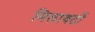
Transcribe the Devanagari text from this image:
मिलावटों